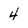
Character: 4